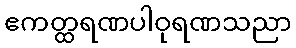
ဧကတ္ထရဏပါဝုရဏသညာ